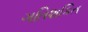
ગતિશકિત